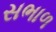
સભાળ